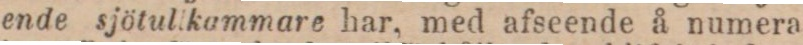
ende sjötulikammare har, med afseende å numera